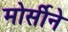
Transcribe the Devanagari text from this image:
मोर्सीने